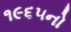
૧૯૬૫નો